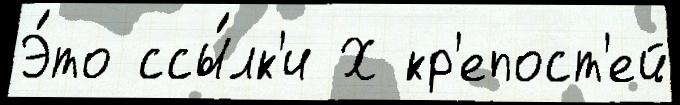
Э́то ссы́лк'и Х кр'епост'ей